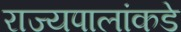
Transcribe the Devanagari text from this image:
राज्यपालांकडे